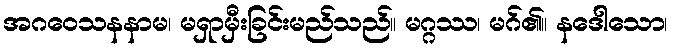
အဂဝေသနနာမ၊ မရှာမှီးခြင်းမည်သည်။ မဂ္ဂဿ၊ မဂ်၏။ နဒေါသော၊